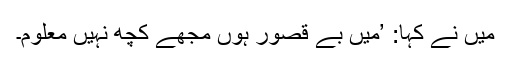
میں نے کہا: ’مَیں بے قصور ہوں مجھے کچھ نہیں معلوم۔